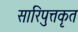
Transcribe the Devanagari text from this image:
सारिपुत्तकृत